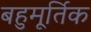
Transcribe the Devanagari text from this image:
बहुमूर्तिक